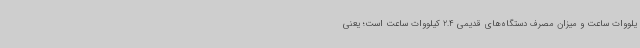
یلووات ساعت و میزان مصرف دستگاه‌های قدیمی 2.4 کیلووات ساعت است؛ یعنی